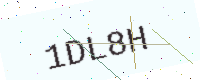
Text: 1DL8H